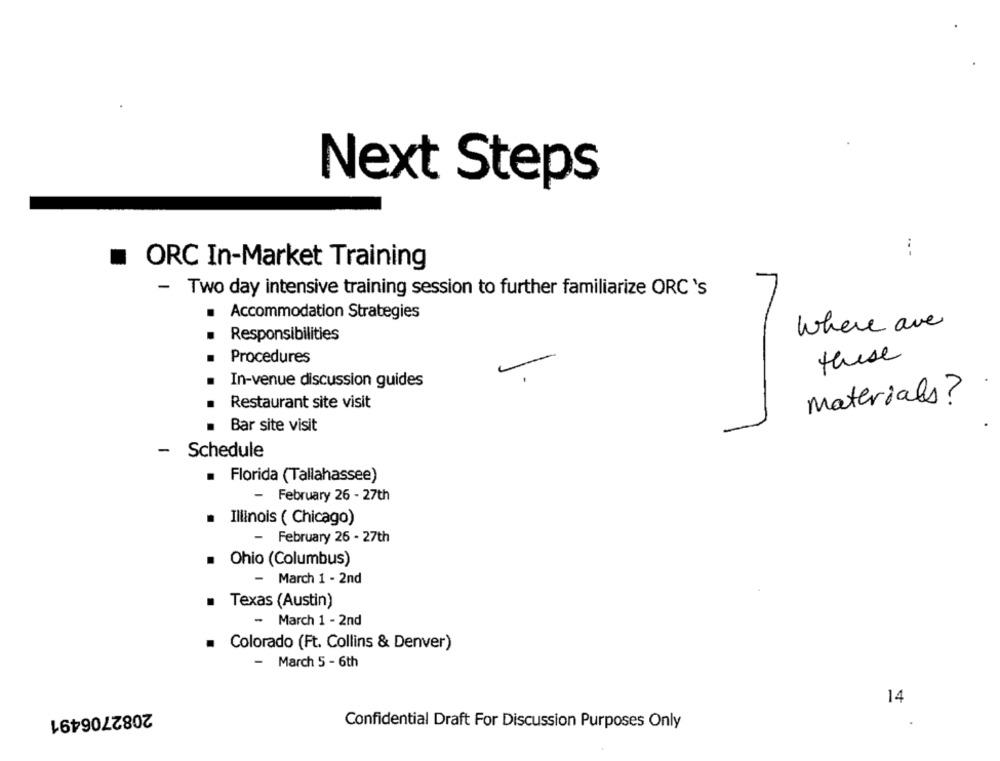
Next Steps
.
ORC In-Market Training
- Two day intensive training session to further familiarize ORC 's
Accommodation Strategies
where are
.
Responsibilities
these
Procedures
In-venue discussion guides
materials?
Restaurant site visit
Bar site visit
- Schedule
Florida (Tallahassee)
- February 26 - 27th
Illinois ( Chicago)
- February 26 - 27th
. Ohio (Columbus)
- March 1 - 2nd
· Texas (Austin)
- March 1 - 2nd
Colorado (Ft. Collins & Denver)
- March 5 - 6th
14
2082706491
Confidential Draft For Discussion Purposes Only